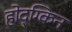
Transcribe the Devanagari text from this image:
होद्ग्किन